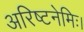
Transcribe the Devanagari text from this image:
अरिष्टनेमिः।